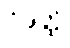
ဝိဒတ္ထိ